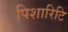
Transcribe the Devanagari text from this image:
पिशारिटि